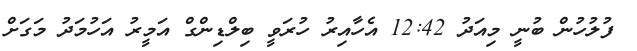
ފުލުހުން ބުނީ މިއަދު 12:42 އެހާއިރު ހުރަވީ ބިލްޑިންގް އަމީރު އަހުމަދު މަގަށް